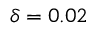
\delta = 0 . 0 2